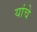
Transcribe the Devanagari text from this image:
यांचेे